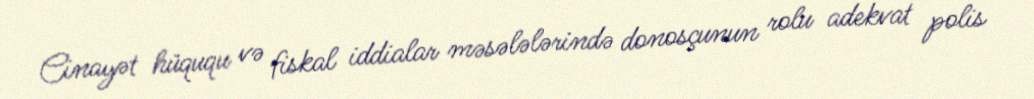
Cinayət hüququ və fiskal iddialar məsələlərində donosçunun rolu adekvat polis